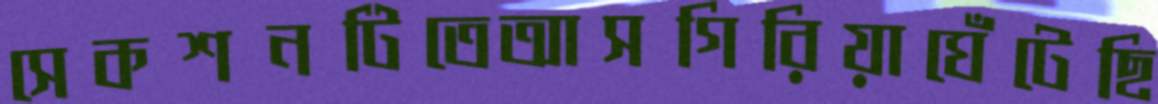
সেকশনটিতেআসগিরিয়াঘেঁটেছি